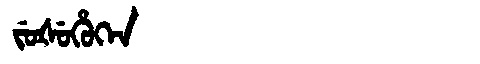
Manchu: ᠵᡠᡧᡠᡥᡠᡴᡝᠨ
Romanization: JUŠUHUKEN